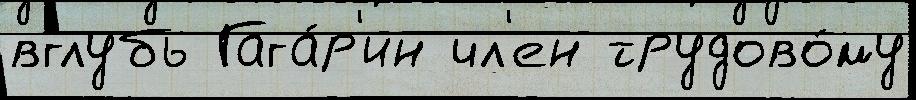
вглубь Гага́р'ин чл'ен трудово́му